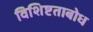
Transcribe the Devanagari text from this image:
विशिष्टताबोध